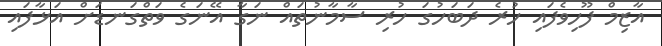
އާޒިމް ފޫހިވެފައި ހުރެ ދަބަހުގަ ހުރި ސާމާނުތައް ނަގާ އޭނަގެ ވަތްގަނޑަށް އަޅާފައި